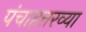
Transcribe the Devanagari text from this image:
पंचाहत्तरव्या